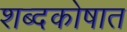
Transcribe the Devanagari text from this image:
शब्दकोषात